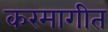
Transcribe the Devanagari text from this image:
करमागीत